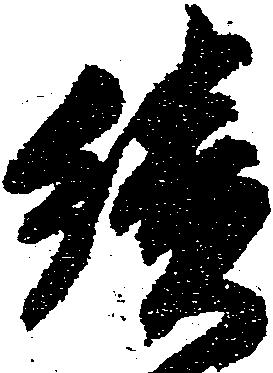
続